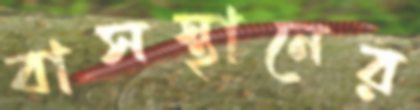
বাসস্থানের